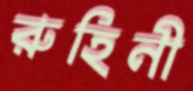
রুহিনী